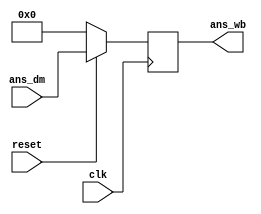
module write_back_Module(ans_wb,ans_dm,reset,clk);


input [15:0] ans_dm;
input reset, clk;

//reg [15:0] ans_wb_temp;
output reg[15:0] ans_wb;

//assign ans_wb=(reset)?ans_wb_temp:16'b0;

always @(posedge clk)
begin	
	ans_wb=(reset)?ans_dm:16'b0;
end

   


endmodule